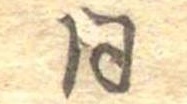
同